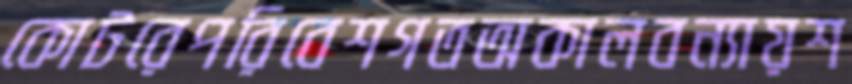
কোটরেপরিবেশগতঅকালবন্যায়শ